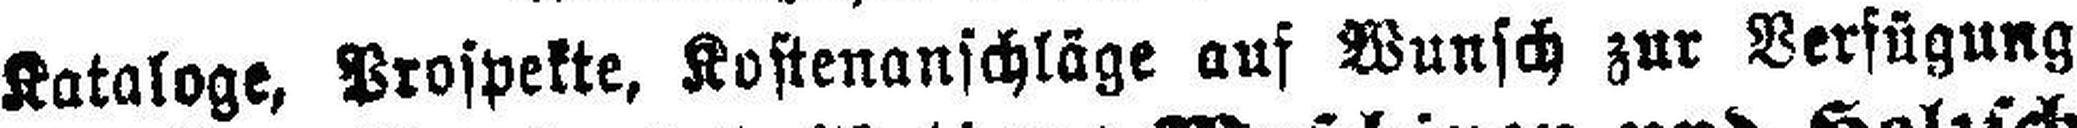
Kataloge, Prospekte, Kostenanschläge auf Wunsch zur Verfügung